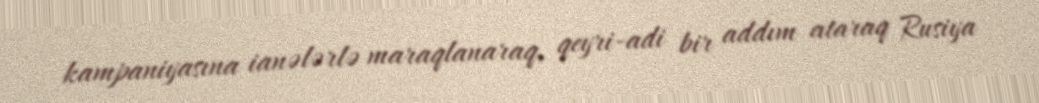
kampaniyasına ianələrlə maraqlanaraq, qeyri-adi bir addım ataraq Rusiya